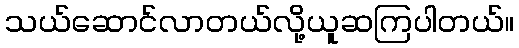
သယ်ဆောင်လာတယ်လို့ယူဆကြပါတယ်။